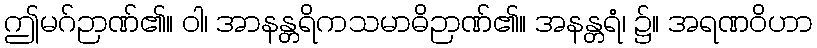
ဤမဂ်ဉာဏ်၏။ ဝါ၊ အာနန္တရိကသမာဓိဉာဏ်၏။ အနန္တရံ၊ ၌။ အရဏဝိဟာ